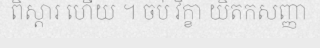
ពិស្តារ ហើយ ។ ចប់ វិក្ខា យិតកសញ្ញា